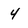
Character: 4